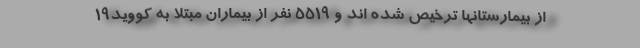
از بیمارستانها ترخیص شده اند و ۵۵۱۹ نفر از بیماران مبتلا به کووید۱۹